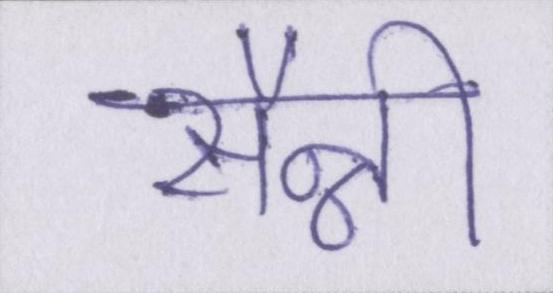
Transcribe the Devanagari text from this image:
सैन्नी